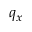
q _ { x }